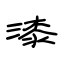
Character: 漆